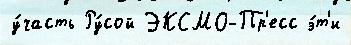
у́часть Ру́сой ЭКСМО-Пр'есс э́т'и